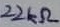
Text: 22kΩ